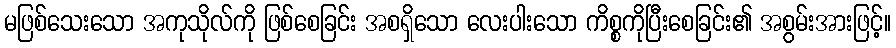
မဖြစ်သေးသော အကုသိုလ်ကို ဖြစ်စေခြင်း အစရှိသော လေးပါးသော ကိစ္စကိုပြီးစေခြင်း၏ အစွမ်းအားဖြင့်။